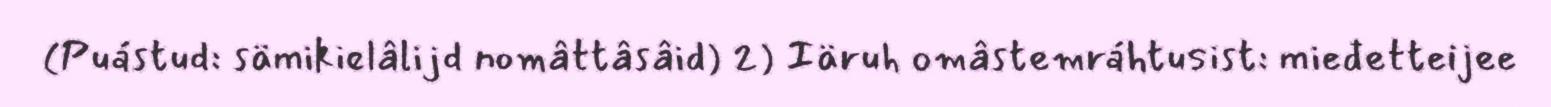
(Puástud: sämikielâlijd nomâttâsâid) 2) Iäruh omâstemráhtusist: mieđetteijee